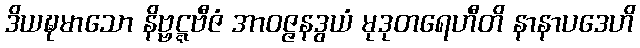
ဒိယဍ္ဎမာသော နိဗ္ဗဋ္ဋဗီဇံ အာဝဇ္ဇနဒွယံ မုဒုတရေဟီတိ နာနာပဒေဟိ